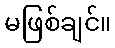
မဖြစ်ချင်။